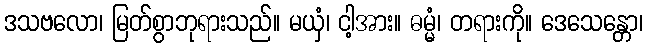
ဒသဗလော၊ မြတ်စွာဘုရားသည်။ မယှံ၊ ငါ့အား။ ဓမ္မံ၊ တရားကို။ ဒေသေန္တော၊